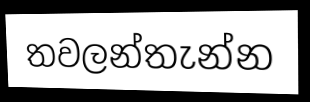
තවලන්තැන්න